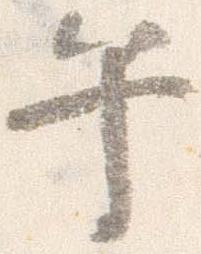
午